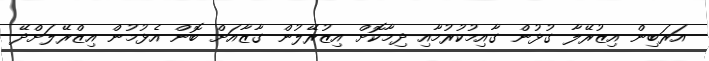
އަރަބިން އިޒުރޭލާ ގުޅުން ގާއިމުކުރުމާއި ދިމާކޮށް އިޒުރޭލުން ގާޒާއަށް ބޮން އެޅުމުން އިޒްރޭލަށްދޭ